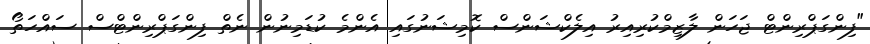
"ފިންގަޕްރިންޓް ޖަހަން ލާޒިމްކުރިއިރު އިލެކްޝަންސް ކޮމިޝަނުގައި އެންމެ ކުޑަމިނުން ނެތް ފިންގަޕްރިންޓްސް ސައްހަތޯ